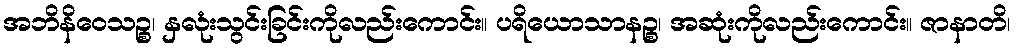
အဘိနိဝေသဉ္စ၊ နှလုံးသွင်းခြင်းကိုလည်းကောင်း။ ပရိယောသာနဉ္စ၊ အဆုံးကိုလည်းကောင်း။ ဇာနာတိ၊